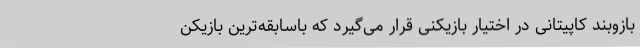
بازوبند کاپیتانی در اختیار بازیکنی قرار می‌گیرد که باسابقه‌ترین بازیکن